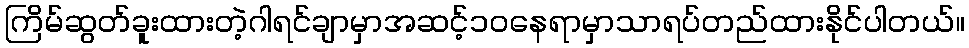
ကြိမ်ဆွတ်ခူးထားတဲ့ဂါရင်ချာမှာအဆင့်၁၀နေရာမှာသာရပ်တည်ထားနိုင်ပါတယ်။